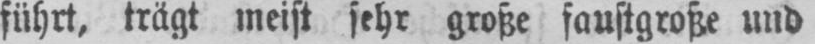
führt, trägt meist sehr große faustgroße und